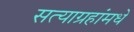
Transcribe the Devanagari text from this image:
सत्याग्रहांमधे